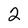
Character: 2